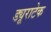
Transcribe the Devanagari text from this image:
ड्यूराटेक